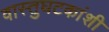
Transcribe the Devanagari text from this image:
वास्तुघटकांशी